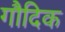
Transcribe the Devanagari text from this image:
गौदिक